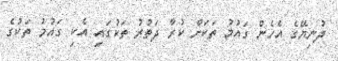
ދުނިޔޭގެ އެހެން ގައުމު ތަކަށް ކުރާ ދަތުރު ތަކުގައި އެކި ގައުމު ތަކުގެ